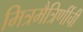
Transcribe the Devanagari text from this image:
मित्रमैत्रिणींची